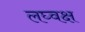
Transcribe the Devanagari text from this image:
लघ्वक्ष